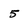
Character: 5